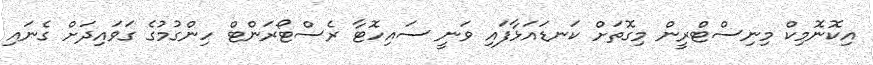
އިކޮނޮމިކް މިނިސްޓްރީން މިގޮތަށް ކަނޑައަޅާފައި ވަނީ ސައިހޮޓާ ރެސްޓޯރަންޓް ހިންގުމުގެ ގަވައިދަށް ގެނައި